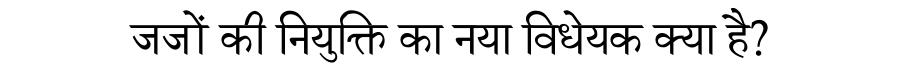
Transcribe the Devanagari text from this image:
जजों की नियुक्ति का नया विधेयक क्या है?